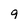
Character: 9